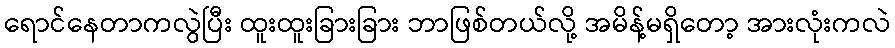
ရောင်နေတာကလွဲပြီး ထူးထူးခြားခြား ဘာဖြစ်တယ်လို့ အမိန့်မရှိတော့ အားလုံးကလဲ